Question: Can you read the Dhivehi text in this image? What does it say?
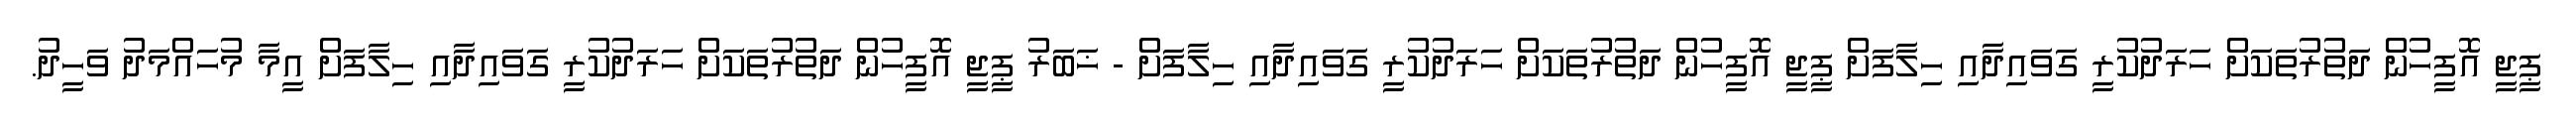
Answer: ޕީޖީ އޮފީހުން ދަތުރުތަކަށް ހަރަދުކުރީ ގަވައިދާއި ހިލާފަށް ޕީޖީ އޮފީހުން ދަތުރުތަކަށް ހަރަދުކުރީ ގަވައިދާއި ހިލާފަށް - ޚަބަރު ޕީޖީ އޮފީހުން ދަތުރުތަކަށް ހަރަދުކުރީ ގަވައިދާއި ހިލާފަށް އީމާ މުހައްމަދު ވަހީދު.